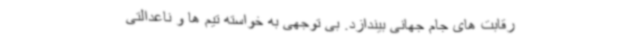
رقابت های جام جهانی بیندازد. بی توجهی به خواسته تیم ها و ناعدالتی